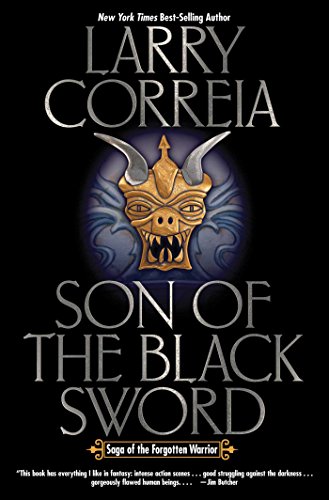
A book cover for Son of the Black Sword (Saga of the Forgotten Warrior); Larry Correia; Science Fiction & Fantasy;